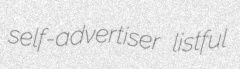
self-advertiser listful